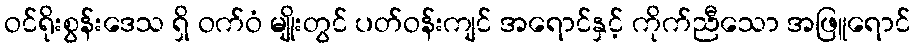
ဝင်ရိုးစွန်းဒေသ ရှိ ဝက်ဝံ မျိုးတွင် ပတ်ဝန်းကျင် အရောင်နှင့် ကိုက်ညီသော အဖြူရောင်